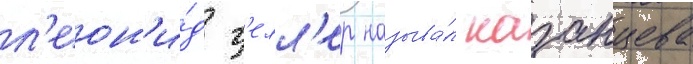
л'еон'и́д г'елл'ер называ́л казанцева